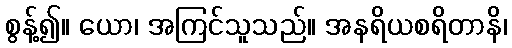
စွန့်၍။ ယော၊ အကြင်သူသည်။ အနရိယစရိတာနိ၊